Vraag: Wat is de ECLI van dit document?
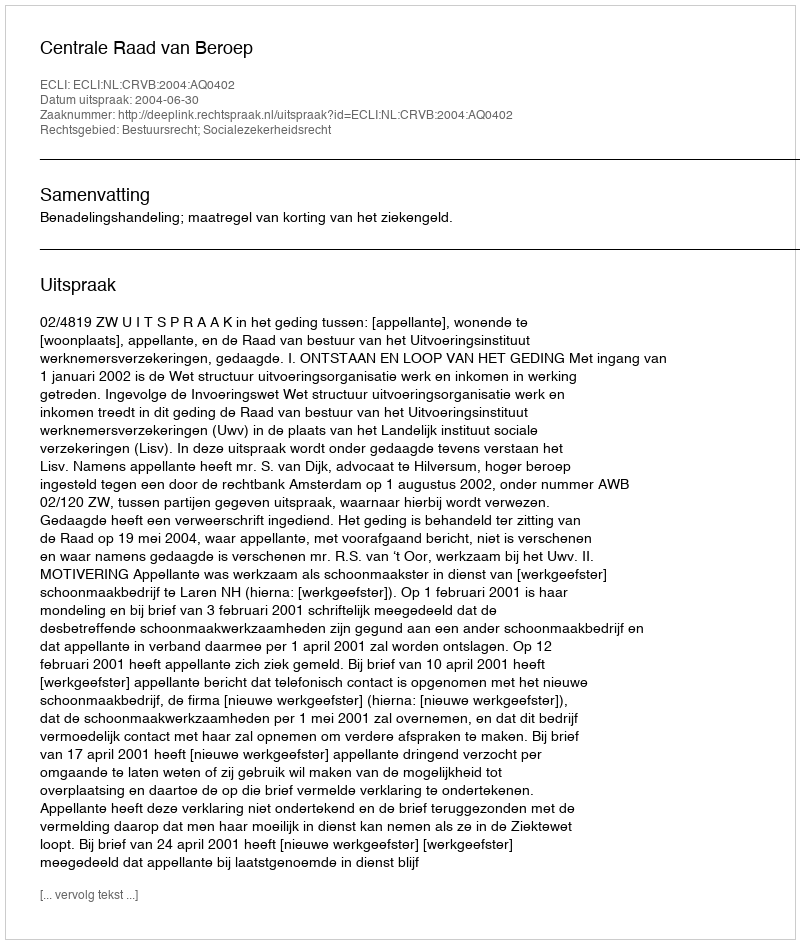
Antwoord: ECLI:NL:CRVB:2004:AQ0402